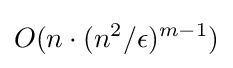
O(n\cdot (n^{2}/\epsilon )^{m-1})